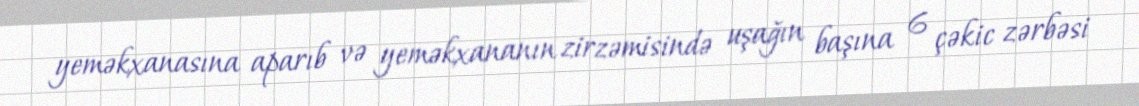
yeməkxanasına aparıb və yeməkxananın zirzəmisində uşağın başına 6 çəkic zərbəsi